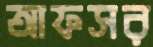
আফসর